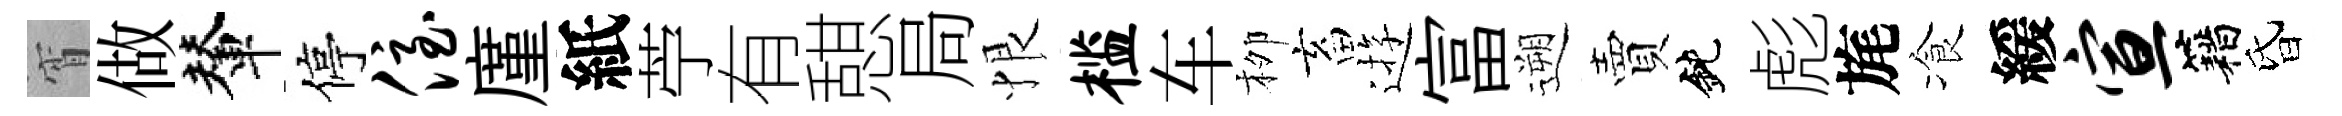
宵做輦停侄廑紙苧有憇局恨槛车栁畜逰富遡賣鈍彪旄飡緩宣籍昏